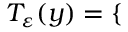
T _ { \varepsilon } ( y ) = \left\{ \begin{array} { r l r } \end{array} \right.